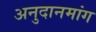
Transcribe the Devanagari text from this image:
अनुदानमांग